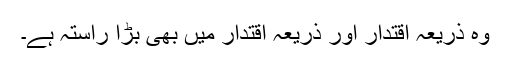
وہ ذریعۂ اقتدار اور ذریعۂ اقتدار میں بھی بڑا راستہ ہے۔